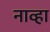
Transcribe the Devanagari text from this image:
नाव्हा